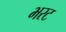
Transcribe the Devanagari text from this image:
भरट